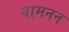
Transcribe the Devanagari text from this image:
वामनन